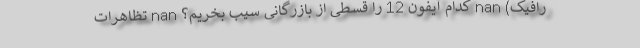
رافیک) nan کدام آیفون 12 را قسطی از بازرگانی سیب بخریم؟ nan تظاهرات